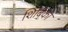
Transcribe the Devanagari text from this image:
शिबिका